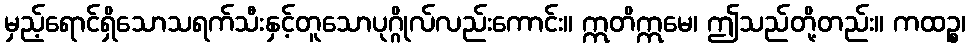
မှည့်ရောင်ရှိသောသရက်သီးနှင့်တူသောပုဂ္ဂိုလ်လည်းကောင်း။ ဣတိဣမေ၊ ဤသည်တို့တည်း။ ကထဉ္စ၊